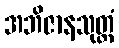
အဘိဇာနသုတ္တံ